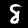
Digit: 8